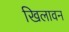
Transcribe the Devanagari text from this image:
खिलावन